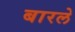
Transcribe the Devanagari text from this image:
बारले